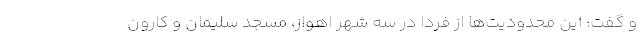
و گفت: این محدودیت‌ها از فردا در سه شهر اهواز، مسجد سلیمان و کارون